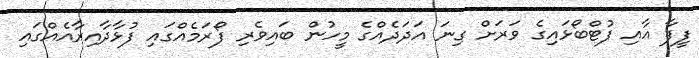
ފީފާ އާއި ފުޓްބޯޅައިގެ ވަރަށް ގިނަ އަދަދެއްގެ މީހުން ބައިވެރި ފޯރަމެއްގައި ފުޅާދާއިރާއެއްގައި